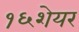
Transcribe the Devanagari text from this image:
१६शेयर